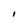
Character: I